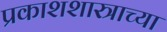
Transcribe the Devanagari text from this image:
प्रकाशशास्त्राच्या